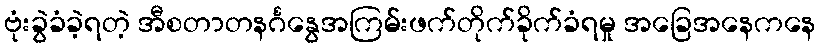
ဗုံးခွဲခံခဲ့ရတဲ့ အီစတာတနင်္ဂနွေအကြမ်းဖက်တိုက်ခိုက်ခံရမှု အခြေအနေကနေ